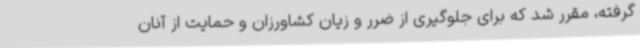
گرفته، مقرر شد که برای جلوگیری از ضرر و زیان کشاورزان و حمایت از آنان